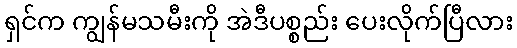
ရှင်က ကျွန်မသမီးကို အဲဒီပစ္စည်း ပေးလိုက်ပြီလား